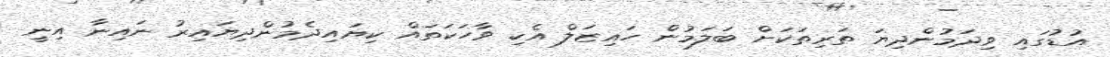
އުޑުގައި ވިދަމުންދިޔަ ތަރިތަކަށް ބަލަމުން ހައިޒަލް އެކި ވާހަކަަތައް ކިޔައިދެމުންދިޔައިރު ނައިނާ އިނީ